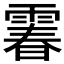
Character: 𩄄